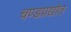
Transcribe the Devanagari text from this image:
चण्डप्रद्योत